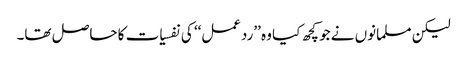
لیکن مسلمانوں نے جو کچھ کیا وہ ’’ردعمل‘‘ کی نفسیات کا حاصل تھا۔